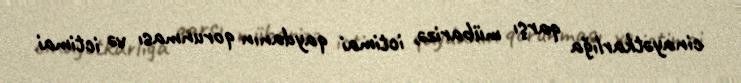
cinayətkarlığa qarşı mübarizə, ictimai qaydanın qorunması və ictimai